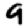
Digit: 9